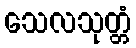
သေလသုတ္တံ